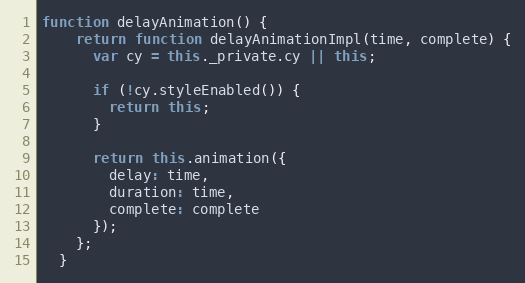
Language: JavaScript
function delayAnimation() {
    return function delayAnimationImpl(time, complete) {
      var cy = this._private.cy || this;

      if (!cy.styleEnabled()) {
        return this;
      }

      return this.animation({
        delay: time,
        duration: time,
        complete: complete
      });
    };
  }